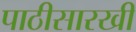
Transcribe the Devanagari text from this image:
पाठीसारखी